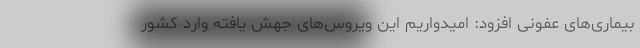
بیماری‌های عفونی افزود: امیدواریم این ویروس‌های جهش یافته وارد کشور